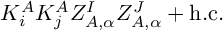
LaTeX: K _ { i } ^ { A } K _ { j } ^ { A } Z _ { A , \alpha } ^ { I } Z _ { A , \alpha } ^ { J } + \mathrm { h . c . }